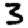
Digit: 3